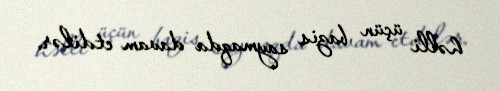
həlli üçün bazis saymaqda davam etdilər.